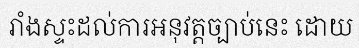
រាំងស្ទះដល់ការអនុវត្តច្បាប់នេះ ដោយ